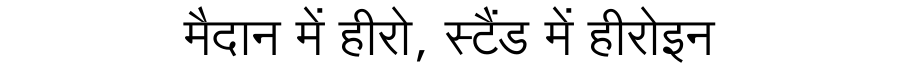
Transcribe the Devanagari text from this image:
मैदान में हीरो, स्टैंड में हीरोइन